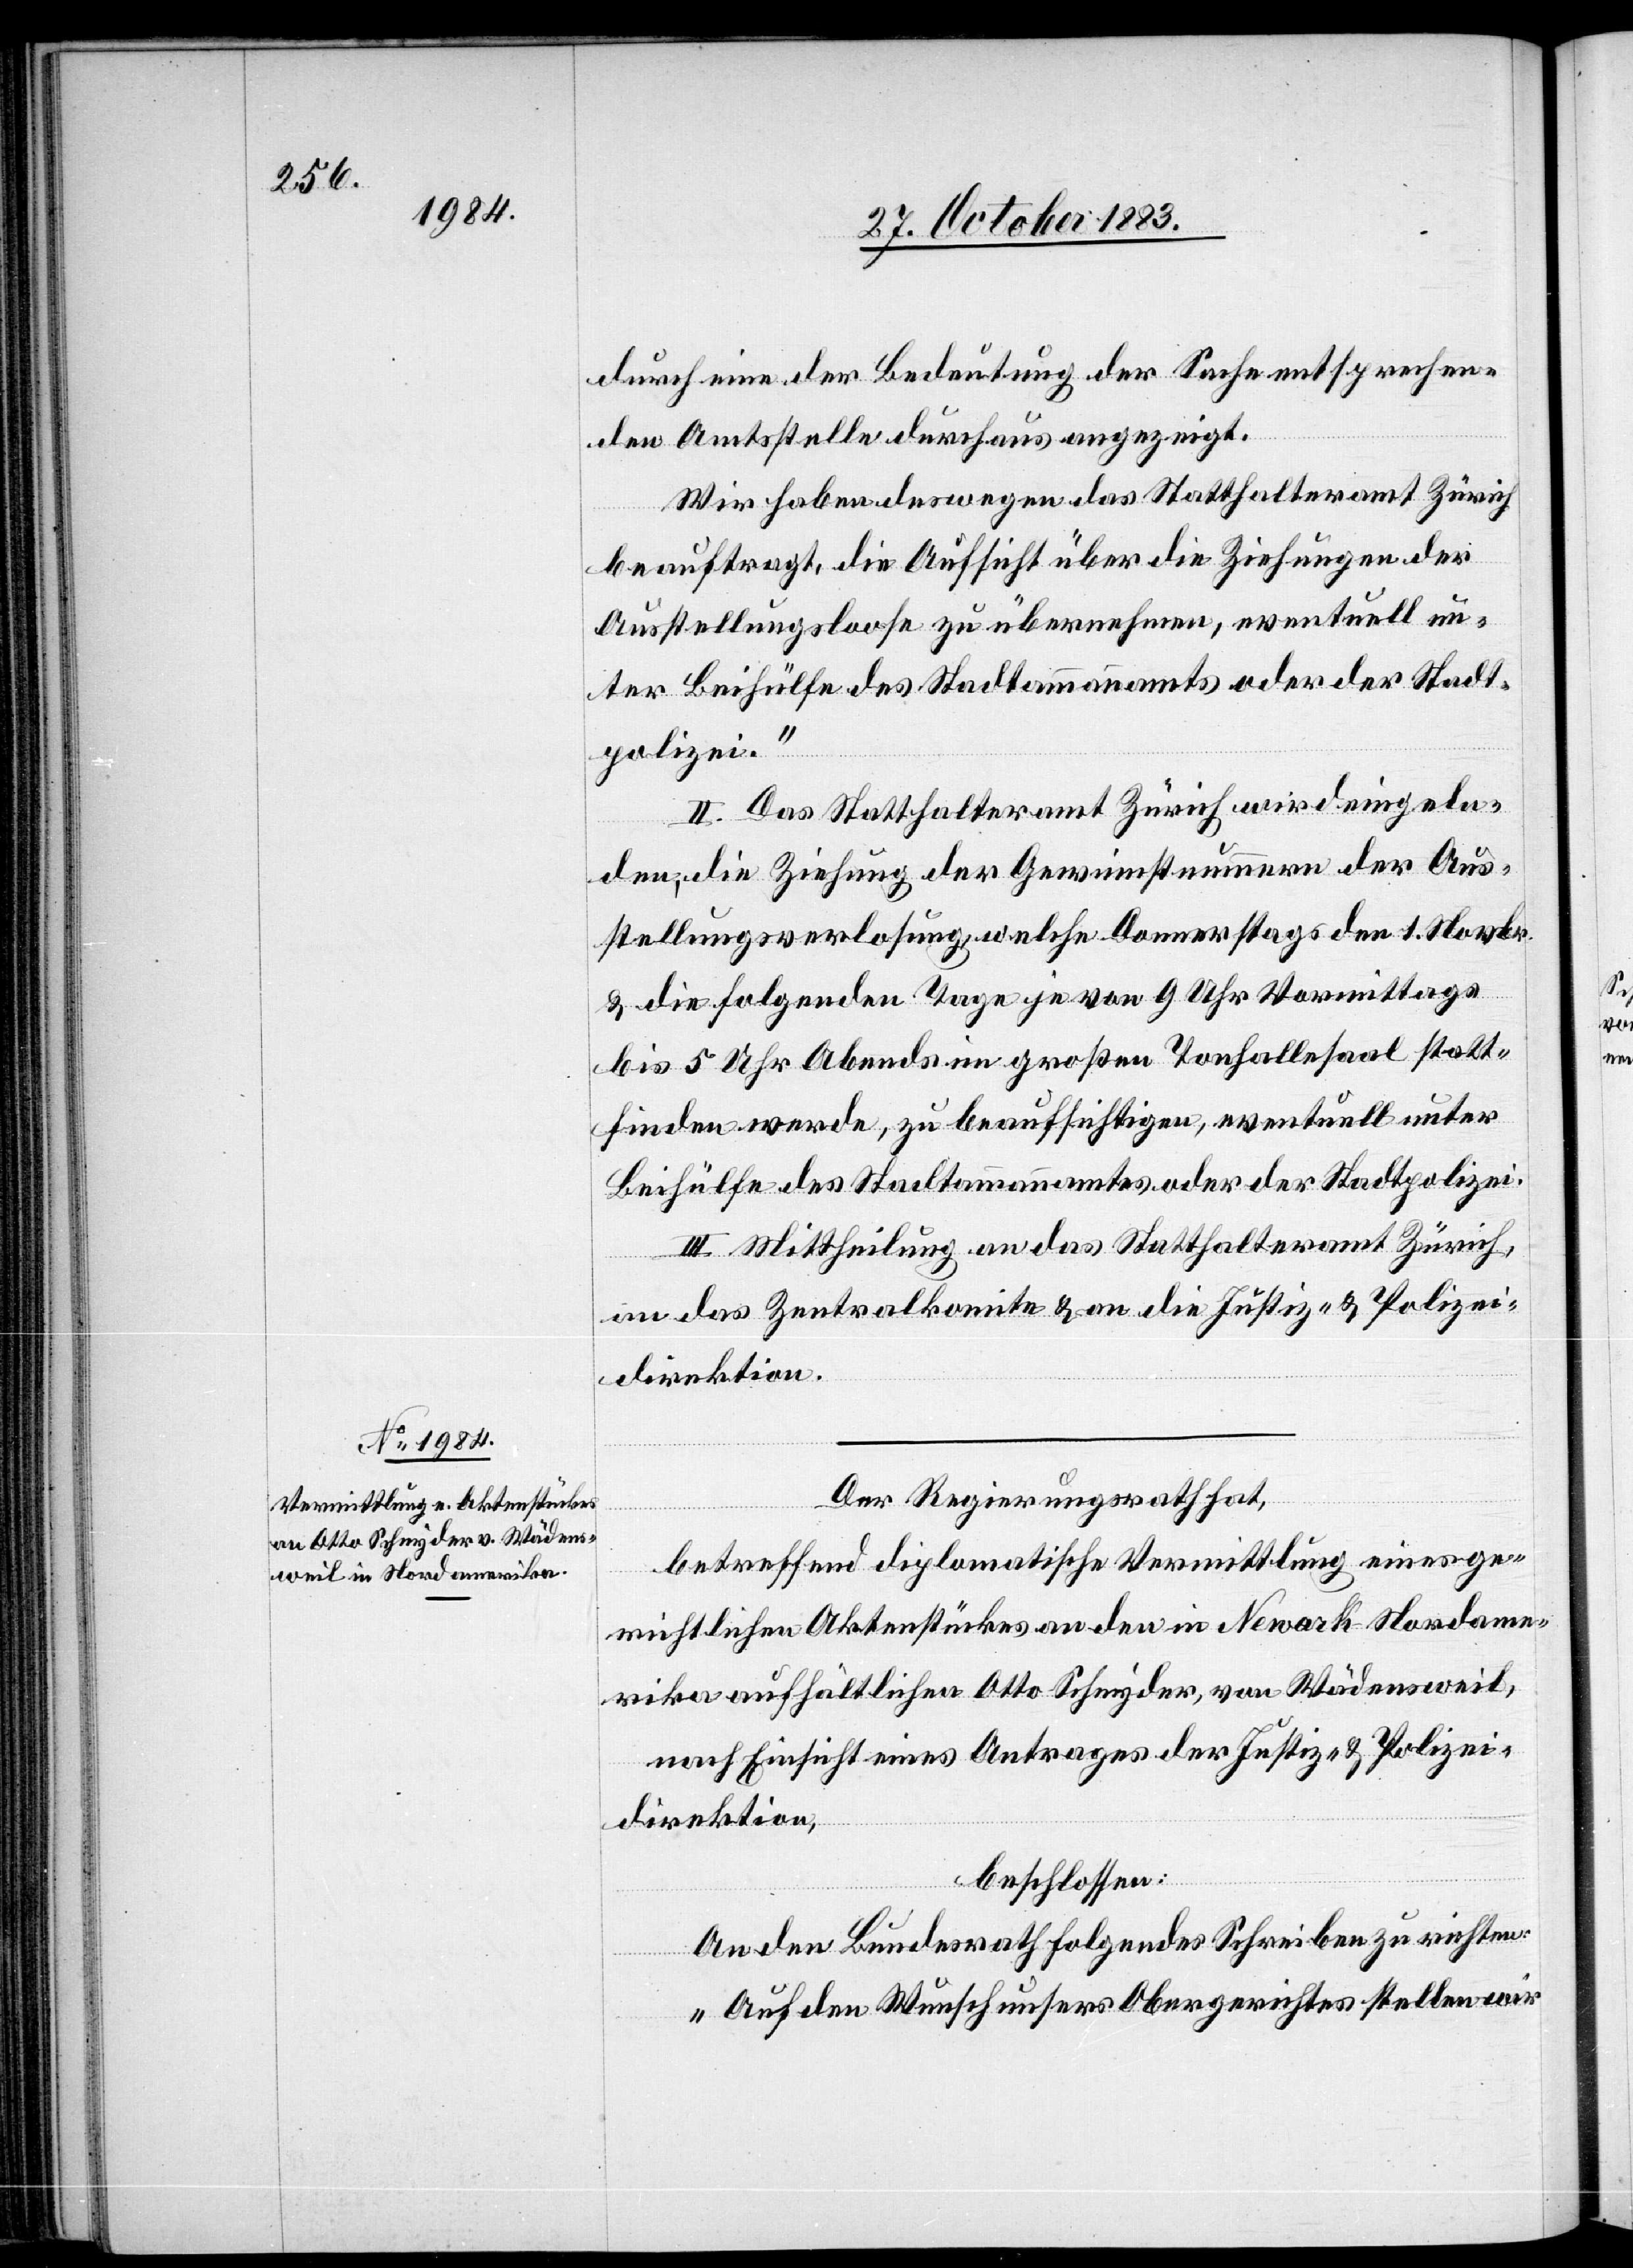
durch eine der Bedeutung der Sache entsprechen¬
den Amtsstelle durchaus angezeigt
Wir haben deswegen das Statthalteramt Zürich
beauftragt, die Aufsicht über die Ziehungen der
Ausstellungsloose zu übernehmen, eventuell un¬
ter Beihülfe des Stadtammannamts oder der Stadt¬
polizei.“
II. Das Statthalteramt Zürich wird eingela¬
den, die Ziehung der Gewinnstnummern [sic!] der Aus¬
stellungverlosung, welche Donnerstags den 1. Novbr.
& die folgende Tage je von 9 Uhr Vormittags
bis 5 Uhr Abends im großen Tonhallesaal statt¬
finden werde, zu beaufsichtigen, eventuell unter
Beihülfe des Stadtammannamtes oder der Stadtpolizei.
III. Mittheilung an das Statthalteramt Zürich,
an das Zentralkomite & an die Justiz- & Polizei¬
direktion.
Der Regierungsrath hat,
betreffend diplomatische Vermittlung eines ge¬
richtlichen Aktenstückes an den in Newark - Nordame¬
rika aufhältlichen Otto Schnyder, von Wädensweil,
nach Einsicht eines Antrages der Justiz- & Polizei¬
direktion,
beschlossen:
An den Bundesrath folgendes Schreiben zu richten:
„Auf den Wunsch unsers Obergerichtes stellen wir